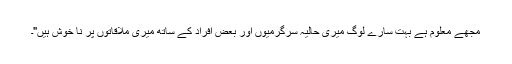
مجھے معلوم ہے بہت سارے لوگ میری حالیہ سرگرمیوں اور بعض افراد کے ساتھ میری ملاقاتوں پر نا خوش ہیں"۔